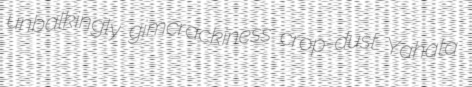
unbalkingly gimcrackiness crop-dust Yahata